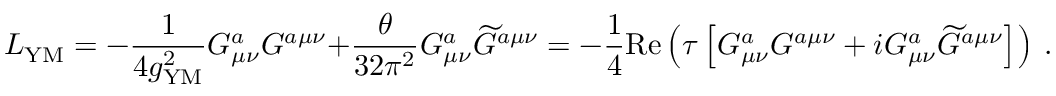
{ \cal L } _ { \mathrm { Y M } } = - { \frac { 1 } { 4 g _ { \mathrm { Y M } } ^ { 2 } } } G _ { \mu \nu } ^ { a } G ^ { a \mu \nu } + { \frac { \theta } { 3 2 \pi ^ { 2 } } } G _ { \mu \nu } ^ { a } { \widetilde G } ^ { a \mu \nu } = - { \frac { 1 } { 4 } } \mathrm { R e } \left( \tau \left[ G _ { \mu \nu } ^ { a } G ^ { a \mu \nu } + i G _ { \mu \nu } ^ { a } { \widetilde G } ^ { a \mu \nu } \right] \right) ~ .